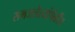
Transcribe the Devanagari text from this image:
समजलेल्यांपैकींच